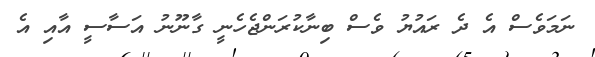
ނަމަވެސް އެ ދެ ރައުޔު ވެސް ބިނާކުރަންޖެހެނީ ގާނޫނު އަސާސީ އާއި އެ